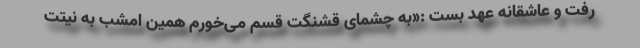
رفت و عاشقانه عهد بست :«به چشمای قشنگت قسم می‌خورم همین امشب به نیتت